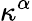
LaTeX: \kappa^{\alpha}